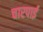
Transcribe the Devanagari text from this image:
चारपार्इ